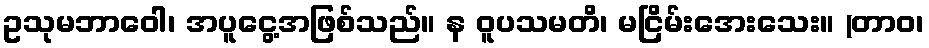
ဥသုမဘာဝေါ၊ အပူငွေ့အဖြစ်သည်။ န ဝူပသမတိ၊ မငြိမ်းအေးသေး။ (တာဝ၊